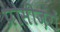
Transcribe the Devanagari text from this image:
प्रोसीज़रों